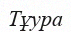
Тұура